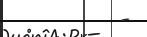
-